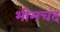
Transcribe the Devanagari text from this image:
भीमचंद